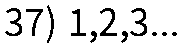
37) 1,2,3...